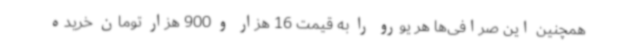
همچنین این صرافی‌ها هر یورو را به قیمت 16 هزار و 900 هزار تومان خریده